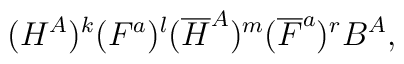
(H^A)^k(F^a)^l ({\overline H}^A)^m({\overline F}^a)^r B^A,